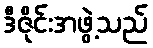
ဒီဇိုင်းအဖွဲ့သည်